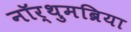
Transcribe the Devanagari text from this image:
नॉर्थुमब्रिया